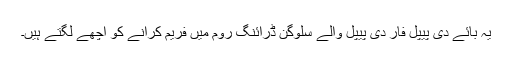
یہ بائے دی پیپل فار دی پیپل والے سلوگن ڈرائنگ روم میں فریم کرانے کو اچھے لگتے ہیں۔